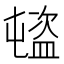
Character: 𥂉